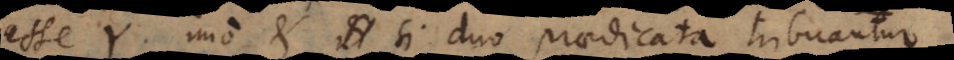
esse Y. Imo et si duo praedicata tribuantur